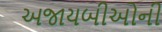
અજાયબીઓની